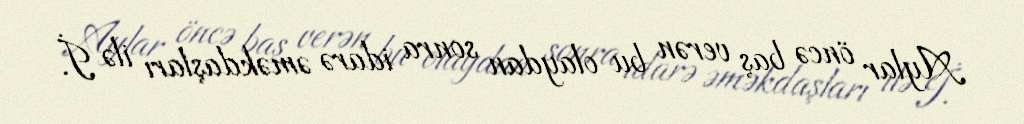
Aylar öncə baş verən bu olaydan sonra idarə əməkdaşları ilə İ.